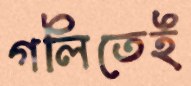
গলিতেই